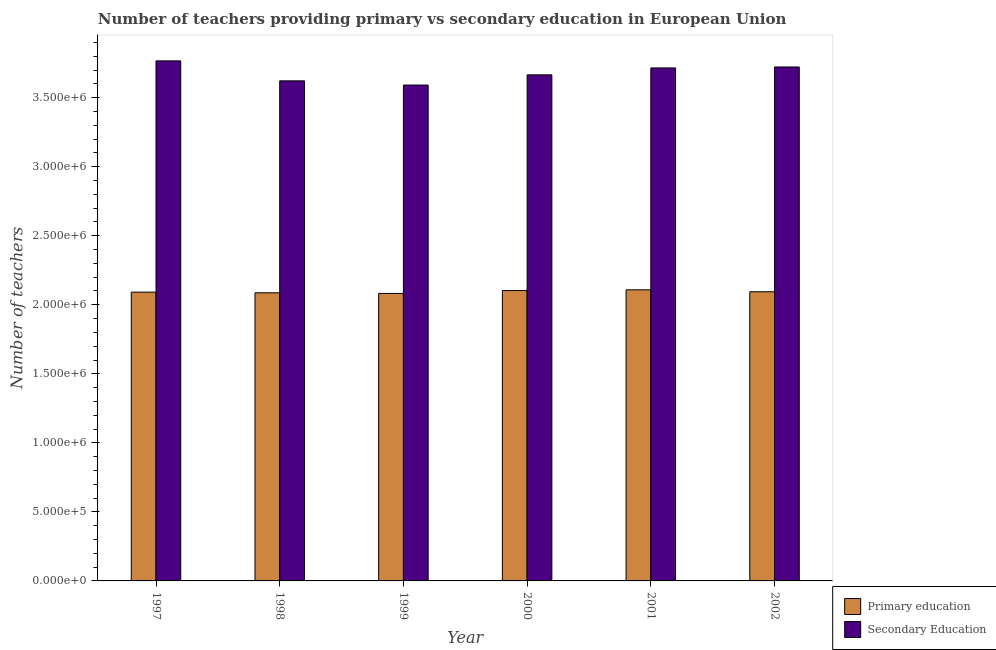
| Year | Primary education | Secondary Education |
 | --- | --- | --- |
 | 1997 | 2.09e+06 | 3.77e+06 |
 | 1998 | 2.09e+06 | 3.62e+06 |
 | 1999 | 2.08e+06 | 3.59e+06 |
 | 2000 | 2.1e+06 | 3.67e+06 |
 | 2001 | 2.11e+06 | 3.72e+06 |
 | 2002 | 2.09e+06 | 3.72e+06 |